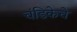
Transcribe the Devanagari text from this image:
चंडिकेचे